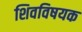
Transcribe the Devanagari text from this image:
शिवविषयक